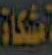
مشكاة